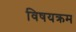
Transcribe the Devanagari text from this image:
विषयक्रम